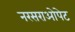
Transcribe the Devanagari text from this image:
नरसराओपेट